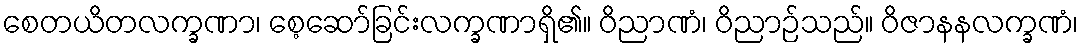
စေတယိတလက္ခဏာ၊ စေ့ဆော်ခြင်းလက္ခဏာရှိ၏။ ဝိညာဏံ၊ ဝိညာဉ်သည်။ ဝိဇာနနလက္ခဏံ၊